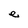
Character: e